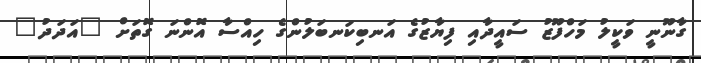
ގާނޫނީ ވަކީލު މަހްފޫޒު ސައީދާއި ފިޔާޒުގެ އަނބިކަނބަލުންގެ ހިއްސާ އޮންނަ ގޮތަށް "އަދަދު"